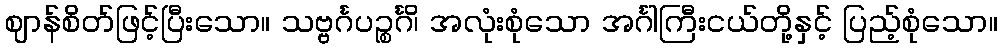
ဈာန်စိတ်ဖြင့်ပြီးသော။ သဗ္ဗင်္ဂပဉ္စင်္ဂိ၊ အလုံးစုံသော အင်္ဂါကြီးငယ်တို့နှင့် ပြည့်စုံသော။